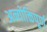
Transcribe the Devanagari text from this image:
अन्योक्तिपूर्ण